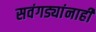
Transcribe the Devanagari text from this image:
सवंगड्यांनाही